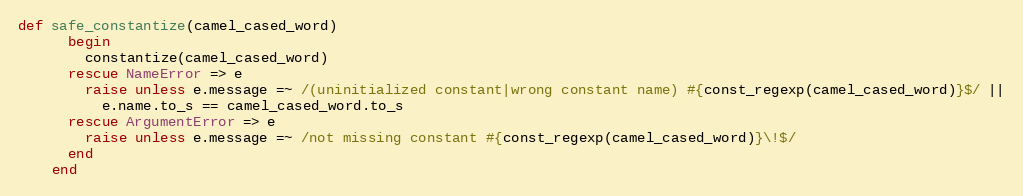
Language: Ruby
def safe_constantize(camel_cased_word)
      begin
        constantize(camel_cased_word)
      rescue NameError => e
        raise unless e.message =~ /(uninitialized constant|wrong constant name) #{const_regexp(camel_cased_word)}$/ ||
          e.name.to_s == camel_cased_word.to_s
      rescue ArgumentError => e
        raise unless e.message =~ /not missing constant #{const_regexp(camel_cased_word)}\!$/
      end
    end